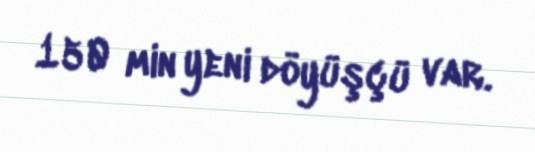
150 min yeni döyüşçü var.